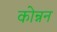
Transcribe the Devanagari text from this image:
कोन्नन